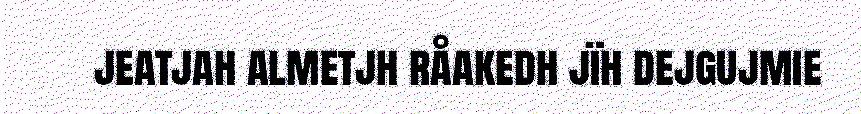
jeatjah almetjh råakedh jïh dejgujmie